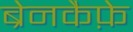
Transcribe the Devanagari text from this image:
ब्रेनकैफ़े